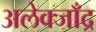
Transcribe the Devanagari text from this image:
अलेक्जाँद्र